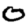
Digit: 0